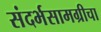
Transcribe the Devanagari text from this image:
संदर्भसामग्रीचा